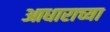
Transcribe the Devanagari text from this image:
आधाराच्या